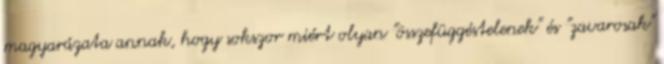
magyarázata annak, hogy sokszor miért olyan "összefüggéstelenek" és "zavarosak"